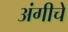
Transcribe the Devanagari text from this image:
अंगीचे